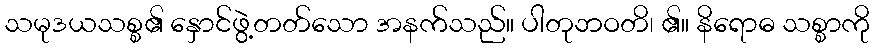
သမုဒယသစ္စ၏ နှောင်ဖွဲ့တတ်သော အနက်သည်။ ပါတုဘဝတိ၊ ၏။ နိရောဓ သစ္စာကို